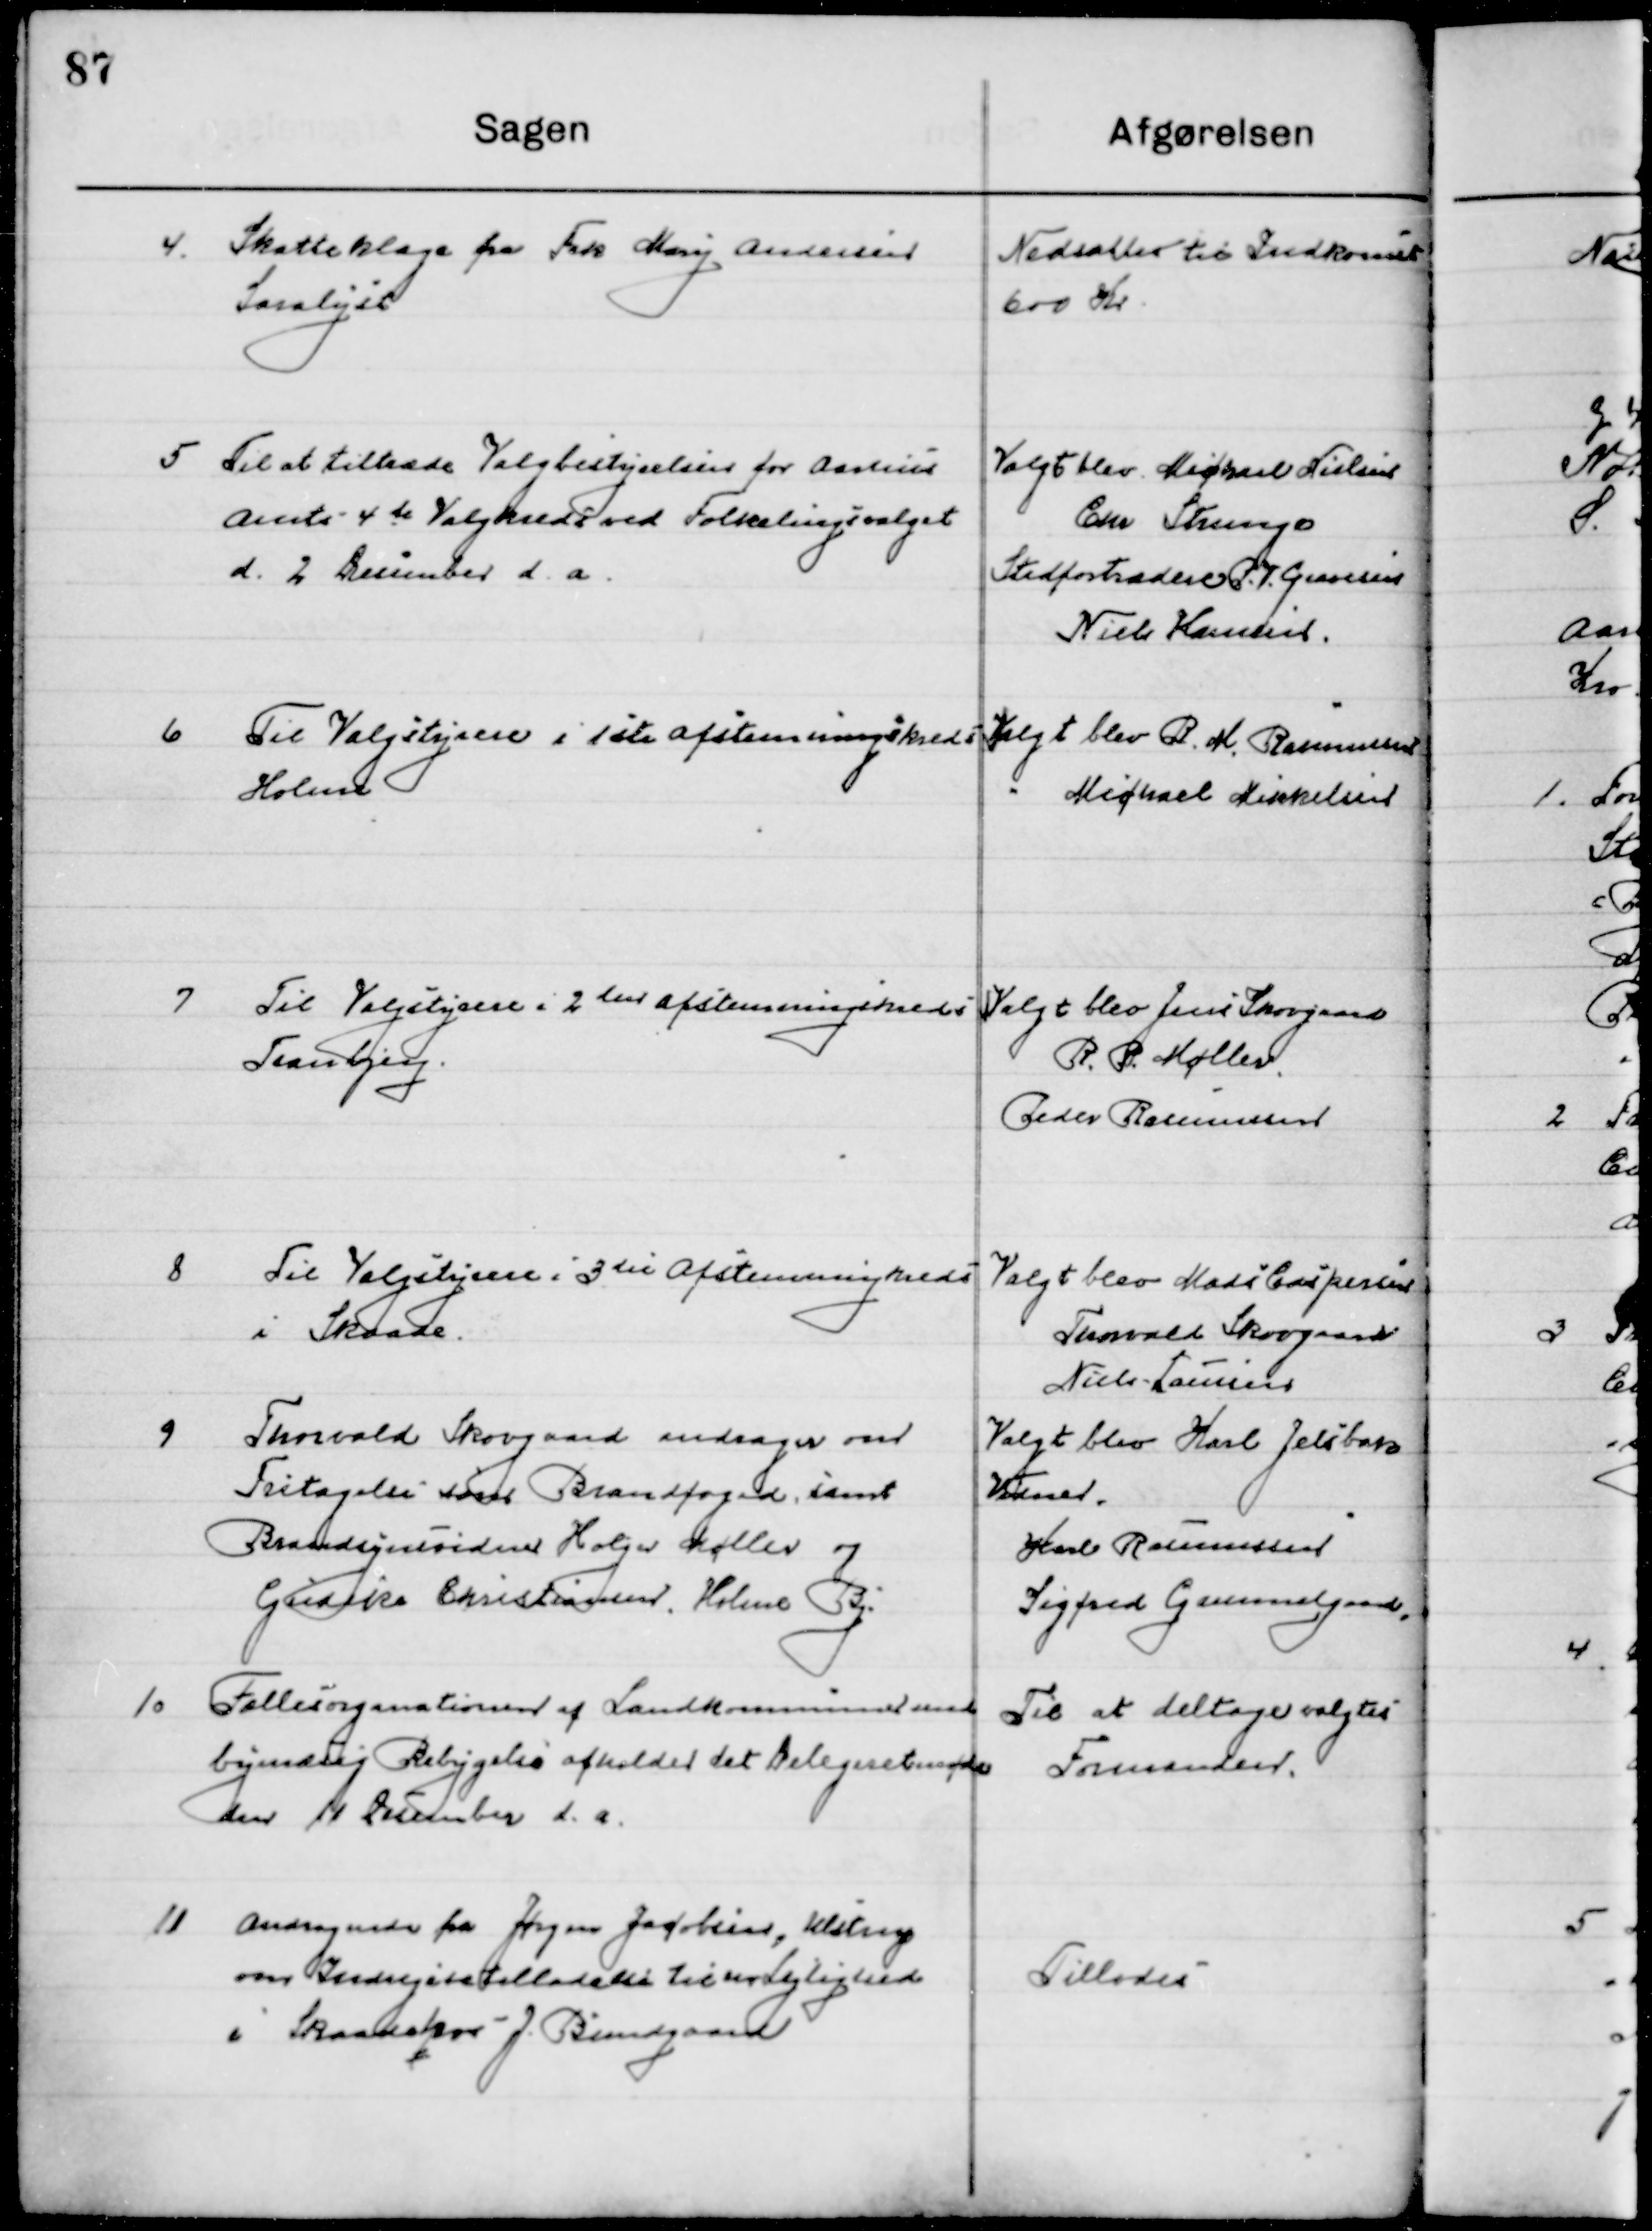
Transskription:
4

Skatteklage fra Fru Mary Andersen
Saralyst

Nedsættes til Indkomst
600 Kr.

5

Til at tiltræde Valgbestyrelsen for Aarhus 
Amts 4de Valgkreds ved Folketingsvalget
d. 2. December d. a.

Valgt blev Michael Nielsen
Chr. Strunge
Stedfortræder P. V. Gravesen
Niels Hansen

6

Til Valgstyrelse i 1ste afstemningskreds
Holme.

Valgt blev B. M. Rasmussen
Michael Mikkelsen

7

Til Valgstyrelse 2 den afstemningskreds
Tranbjerg.

Valgt blev Jens Skovgaard
R. P. Møller
Peder Rasmussen

8

Til Valgstyrelse 3die afstemningskreds 
I Skaade.

Valgt blev Mads Caspersen
Thorvald Skovgaard
Niels Laursen

9

Thorvald Skovgaard andrager om
Fritagelse som Brandfoged, samt
Brandsynsvidende Holger Møller og
Gridrik Christiansen Holme By

Valgt blev Karl Jelsbak
Vidner 
Karl Rasmussen
Sigfred Gammelgaard

10

Fællesorganisationen af Landkommuner med
Bymæssig Bebyggelse afholder det Delegerende møde
den 11 December d. a.

Til at deltage valgtes 
Formanden

11

Andragende fra Jørgen Jacobsen, Klingstrup
om Indrejsetilladelse til sin Lejlighed 
i Skaade hos J. Bundgaard

Tillodes